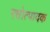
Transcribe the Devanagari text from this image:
रसोत्पादक